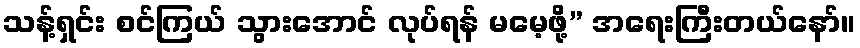
သန့်ရှင်း စင်ကြယ် သွားအောင် လုပ်ရန် မမေ့ဖို့” အရေးကြီးတယ်နော်။